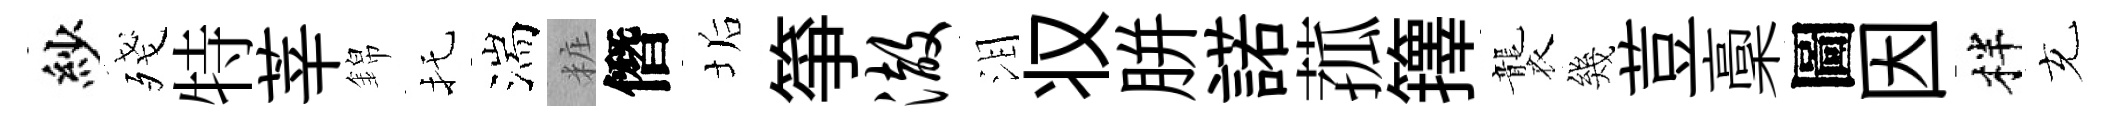
紗殘特莘錦托湍粧僭垢箏澈泪𠬧胼諾菰籜襲幾荳稾圖因柈充